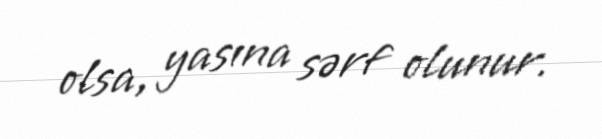
olsa, yasına sərf olunur.